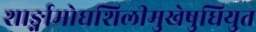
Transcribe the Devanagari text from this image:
शार्ङ्गामोघशिलीमुखेषुधियुत